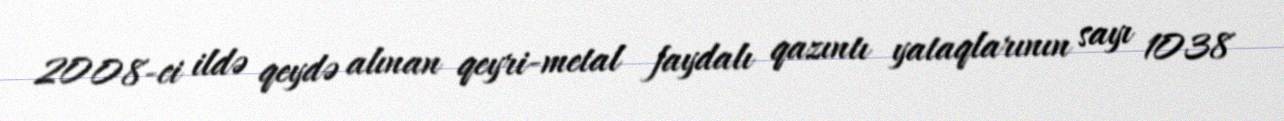
2008-ci ildə qeydə alınan qeyri-metal faydalı qazıntı yataqlarının sayı 1038